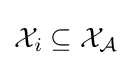
{\mathcal {X}}_{i}\subseteq {\mathcal {X_{\mathcal {A}}}}